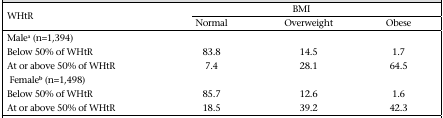
<table><thead><tr><td rowspan="2"><b>WHtR</b></td><td colspan="3"><b>BMI</b></td></tr><tr><td><b>Normal</b></td><td><b>Overweight</b></td><td><b>Obese</b></td></tr></thead><tbody><tr><td colspan="4">Male<sup>a</sup> (n=1,394)</td></tr><tr><td>Below 50% of WHtR</td><td>83.8</td><td>14.5</td><td>1.7</td></tr><tr><td>At or above 50% of WHtR</td><td>7.4</td><td>28.1</td><td>64.5</td></tr><tr><td colspan="4">Female<sup>b</sup> (n=1,498)</td></tr><tr><td>Below 50% of WHtR</td><td>85.7</td><td>12.6</td><td>1.6</td></tr><tr><td>At or above 50% of WHtR</td><td>18.5</td><td>39.2</td><td>42.3</td></tr></tbody></table>